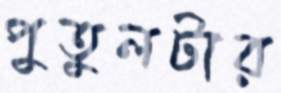
পুতুলটার